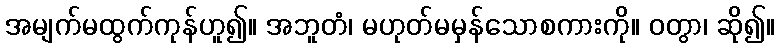
အမျက်မထွက်ကုန်ဟူ၍။ အဘူတံ၊ မဟုတ်မမှန်သောစကားကို။ ဝတွာ၊ ဆို၍။